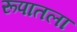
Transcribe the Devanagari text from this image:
रूपातला